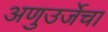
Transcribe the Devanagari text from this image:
अणुउर्जेचा